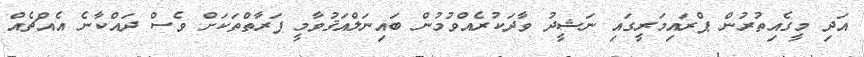
އަދި މީގެއިތުރުން ޕްރައިމަރީގައި ނަޝީދު ވާދަކުރެއްވުމުން ބައިނަލްއަޤުވާމީ ފަރާތްތަކަށް ވެސް ދައްކާނެ އެއްޗެއް